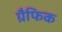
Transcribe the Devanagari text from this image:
ग्रैफिक